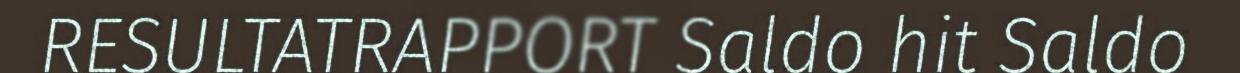
RESULTATRAPPORT Saldo hit Saldo